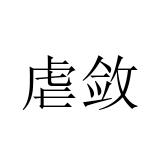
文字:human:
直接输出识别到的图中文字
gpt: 虐敛